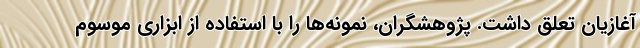
آغازیان تعلق داشت. پژوهشگران، نمونه‌ها را با استفاده از ابزاری موسوم